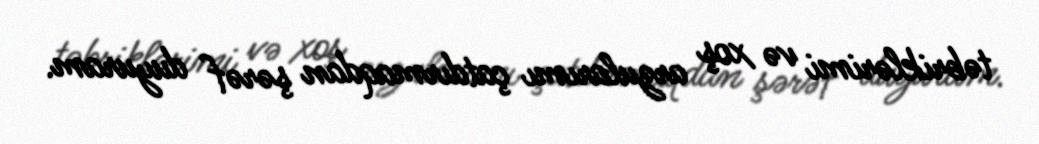
təbriklərimi və xoş arzularımı çatdırmaqdan şərəf duyuram.